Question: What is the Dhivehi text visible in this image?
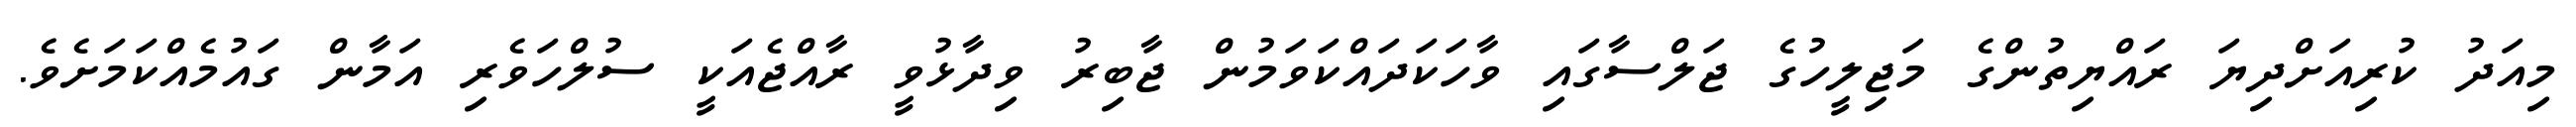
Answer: މިއަދު ކުރިއަށްދިޔަ ރައްޔިތުންގެ މަޖިލީހުގެ ޖަލްސާގައި ވާހަކަދައްކަވަމުން ޖާބިރު ވިދާޅުވީ ރާއްޖެއަކީ ސުލްހަވެރި އަމާން ގައުމެއްކަމަށެވެ.